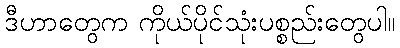
ဒီဟာတွေက ကိုယ်ပိုင်သုံးပစ္စည်းတွေပါ။